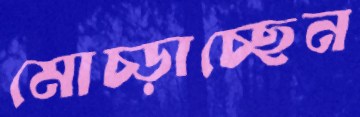
মোচ্‌ড়াচ্ছেন